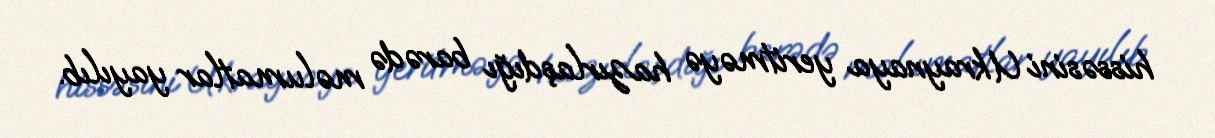
hissəsini Ukraynaya yeritməyə hazırlaşdığı barədə məlumatlar yayılıb.